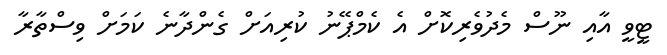
ޓީވީ އާއި ނޫސް މެދުވެރިކޮށް އެ ކެމްޕޭނު ކުރިއަށް ގެންދާނެ ކަމަށް ވިސްތާރާ